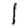
Digit: 1